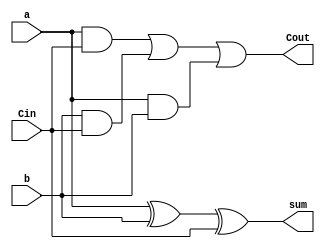
module full_adder(a,b,Cin,sum,Cout);
input a,b;
input Cin;
output sum;
output Cout;
wire t1,t2,t3;
wire s1;

xor (s1,a,b);
xor (sum,s1,Cin);
and (t3,a,b);
and (t2,b,Cin);
and (t1,a,Cin);
or (Cout,t1,t2,t3);

endmodule